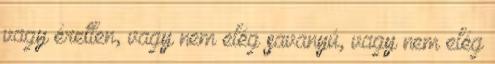
vagy éretlen, vagy nem elég savanyú, vagy nem elég